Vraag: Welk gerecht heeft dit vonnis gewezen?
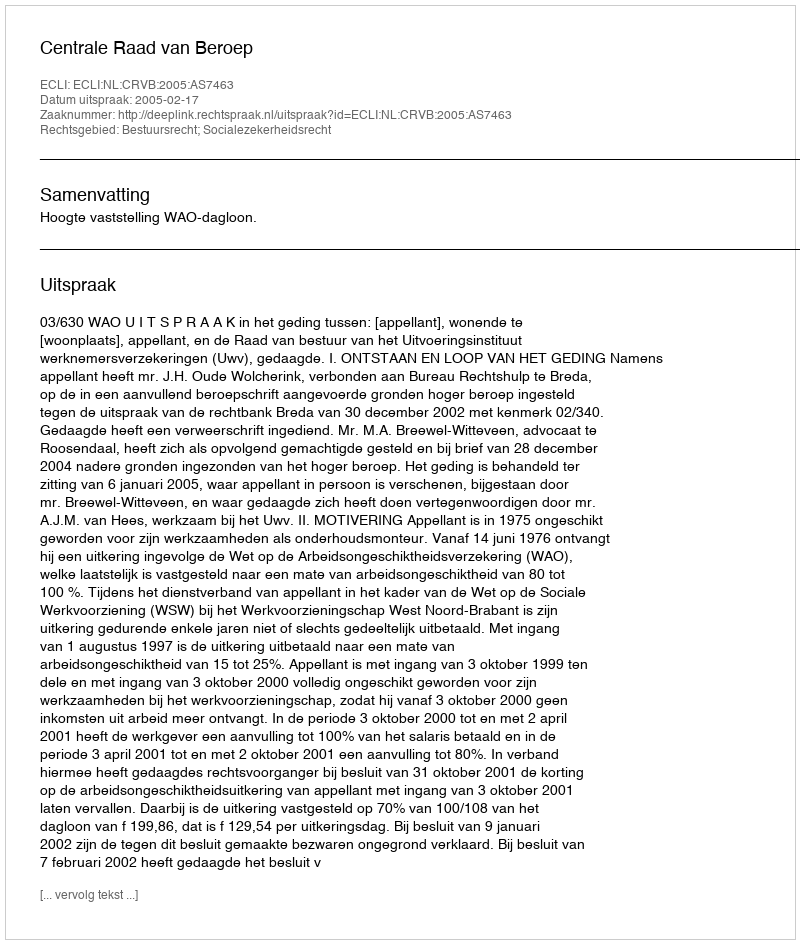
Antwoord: Centrale Raad van Beroep